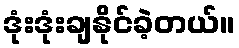
ဒုံးဒုံးချနိုင်ခဲ့တယ်။